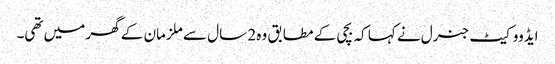
ایڈووکیٹ جنرل نے کہا کہ بچی کے مطابق وہ 2 سال سے ملزمان کے گھر میں تھی۔